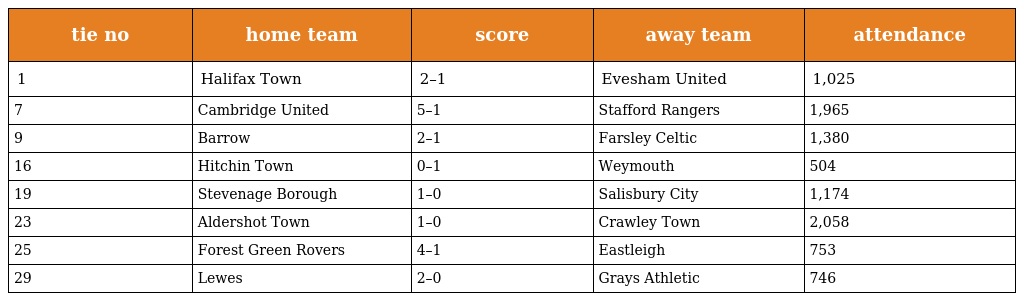
| tie no | home team | score | away team | attendance |
 | --- | --- | --- | --- | --- |
 | 1 | Halifax Town | 2–1 | Evesham United | 1,025 |
 | 7 | Cambridge United | 5–1 | Stafford Rangers | 1,965 |
 | 9 | Barrow | 2–1 | Farsley Celtic | 1,380 |
 | 16 | Hitchin Town | 0–1 | Weymouth | 504 |
 | 19 | Stevenage Borough | 1–0 | Salisbury City | 1,174 |
 | 23 | Aldershot Town | 1–0 | Crawley Town | 2,058 |
 | 25 | Forest Green Rovers | 4–1 | Eastleigh | 753 |
 | 29 | Lewes | 2–0 | Grays Athletic | 746 |